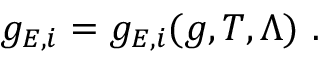
g _ { E , i } = g _ { E , i } ( g , T , \Lambda ) \ .